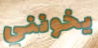
يخونني